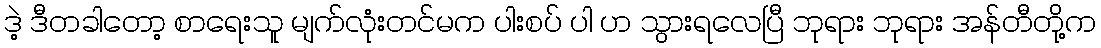
ဒဲ့ ဒီတခါတော့ စာရေးသူ မျက်လုံးတင်မက ပါးစပ် ပါ ဟ သွားရလေပြီ ဘုရား ဘုရား အန်တီတို့က